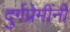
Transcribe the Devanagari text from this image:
दुर्गप्रेमींनी